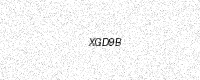
Text: XGD9B